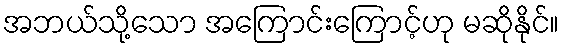
အဘယ်သို့သော အကြောင်းကြောင့်ဟု မဆိုနိုင်။